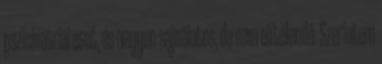
pszichiátriai eset, és nagyon sajnálatos, de nem elítélendő. Szerintem